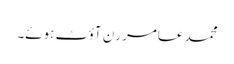
محمد عامر رَن آؤٹ ہوئے۔